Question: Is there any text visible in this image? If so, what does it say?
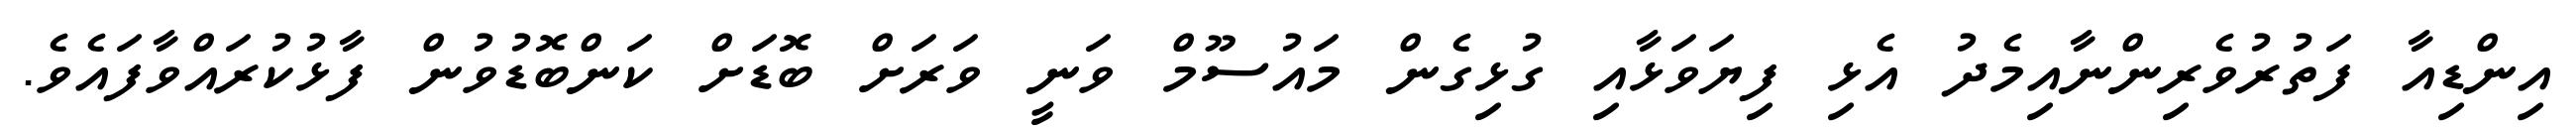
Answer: އިންޑިއާ ފަތުރުވެރިންނާއިމެދު އެޅި ފިޔަވަޅާއި ގުޅިގެން މައުސޫމް ވަނީ ވަރަށް ބޮޑަށް ކަންބޮޑުވުން ފާޅުކުރައްވާފައެވެ.